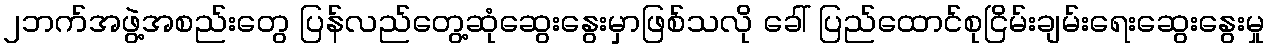
၂ဘက်အဖွဲ့အစည်းတွေ ပြန်လည်တွေ့ဆုံဆွေးနွေးမှာဖြစ်သလို ခေါ် ပြည်ထောင်စုငြိမ်းချမ်းရေးဆွေးနွေးမှု